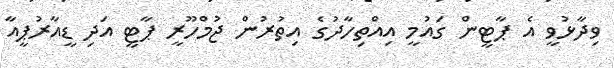
ވިދާޅުވީ އެ ޕާޓީން ގައުމީ އިއްތިހާދުގެ އިތުރުން ޖުމްހޫރީ ޕާޓީ އަދި ޑީއާރުޕީއާ